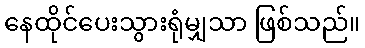
နေထိုင်ပေးသွားရုံမျှသာ ဖြစ်သည်။